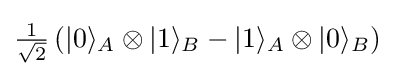
{\tfrac {1}{\sqrt {2}}}\left(|0\rangle _{A}\otimes |1\rangle _{B}-|1\rangle _{A}\otimes |0\rangle _{B}\right)